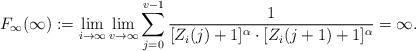
LaTeX: \begin{align*} F_\infty(\infty):=\lim_{i\to \infty} \lim_{v\to \infty} \sum_{j=0}^{v-1} \frac{1}{[Z_i (j)+1]^\alpha\cdot [Z_i (j+1)+1]^\alpha}=\infty.\end{align*}